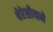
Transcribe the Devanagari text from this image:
थेरेसीयाने